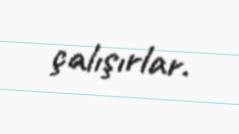
çalışırlar.